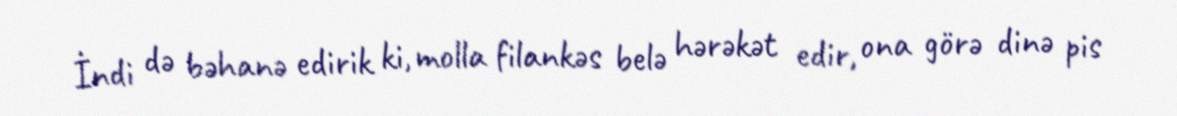
İndi də bəhanə edirik ki, molla filankəs belə hərəkət edir, ona görə dinə pis